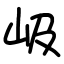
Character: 岋